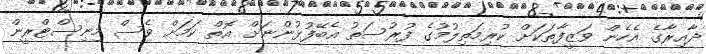
ދާއިރާގެ އެހެން ވަޒީފާތަކަށް ކުރިމަތިލުމުގެ ފުރުސަތު އެބޭފުޅުންނަށް އޮތް ކަމަށް ވެސް މިނިސްޓްރީން